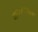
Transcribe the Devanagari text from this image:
गांधारपासून